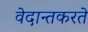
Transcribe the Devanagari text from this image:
वेदान्तकरते